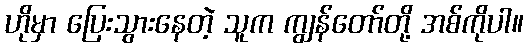
ဟိုမှာ ပြေးသွားနေတဲ့ သူက ကျွန်တော်တို့ အစ်ကိုပါ။